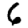
Digit: 6